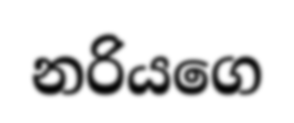
නරියගෙ